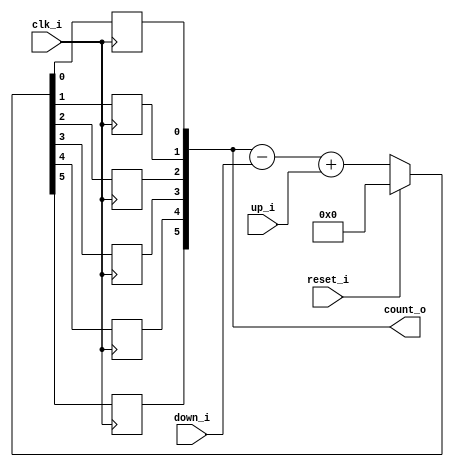
// This program was cloned from: https://github.com/NYU-MLDA/OpenABC
// License: BSD 3-Clause "New" or "Revised" License

module bsg_counter_up_down_32_0_1
(
  clk_i,
  reset_i,
  up_i,
  down_i,
  count_o
);

  input [0:0] up_i;
  input [0:0] down_i;
  output [5:0] count_o;
  input clk_i;
  input reset_i;
  wire [5:0] count_o;
  wire N0,N1,N2,N3,N4,N5,N6,N7,N8,N9,N10,N11,N12,N13,N14,N15,N16,N17,N18,N19,N20;
  reg count_o_5_sv2v_reg,count_o_4_sv2v_reg,count_o_3_sv2v_reg,count_o_2_sv2v_reg,
  count_o_1_sv2v_reg,count_o_0_sv2v_reg;
  assign count_o[5] = count_o_5_sv2v_reg;
  assign count_o[4] = count_o_4_sv2v_reg;
  assign count_o[3] = count_o_3_sv2v_reg;
  assign count_o[2] = count_o_2_sv2v_reg;
  assign count_o[1] = count_o_1_sv2v_reg;
  assign count_o[0] = count_o_0_sv2v_reg;

  always @(posedge clk_i) begin
    if(1'b1) begin
      count_o_5_sv2v_reg <= N20;
    end 
  end


  always @(posedge clk_i) begin
    if(1'b1) begin
      count_o_4_sv2v_reg <= N19;
    end 
  end


  always @(posedge clk_i) begin
    if(1'b1) begin
      count_o_3_sv2v_reg <= N18;
    end 
  end


  always @(posedge clk_i) begin
    if(1'b1) begin
      count_o_2_sv2v_reg <= N17;
    end 
  end


  always @(posedge clk_i) begin
    if(1'b1) begin
      count_o_1_sv2v_reg <= N16;
    end 
  end


  always @(posedge clk_i) begin
    if(1'b1) begin
      count_o_0_sv2v_reg <= N15;
    end 
  end

  assign { N8, N7, N6, N5, N4, N3 } = count_o - down_i[0];
  assign { N14, N13, N12, N11, N10, N9 } = { N8, N7, N6, N5, N4, N3 } + up_i[0];
  assign { N20, N19, N18, N17, N16, N15 } = (N0)? { 1'b0, 1'b0, 1'b0, 1'b0, 1'b0, 1'b0 } : 
                                            (N1)? { N14, N13, N12, N11, N10, N9 } : 1'b0;
  assign N0 = reset_i;
  assign N1 = N2;
  assign N2 = ~reset_i;

endmodule